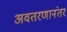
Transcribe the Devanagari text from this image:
अवतरणानंतर